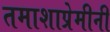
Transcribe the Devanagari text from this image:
तमाशाप्रेमीनी